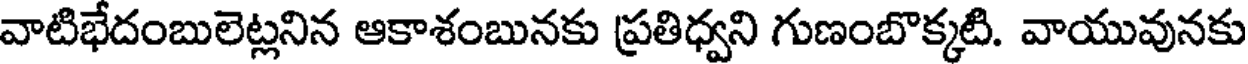
వాటిభేదంబులెట్లనిన ఆకాశంబునకు ప్రతిధ్వని గుణంబొక్కటి. వాయువునకు